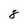
Character: 8